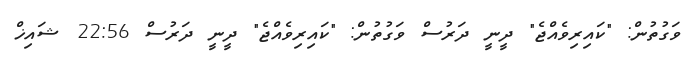
ވަގުތުން: "ކައިރިވެއްޖެ" ދީނީ ދަރުސް ވަގުތުން: "ކައިރިވެއްޖެ" ދީނީ ދަރުސް 22:56 ޝައިޚް